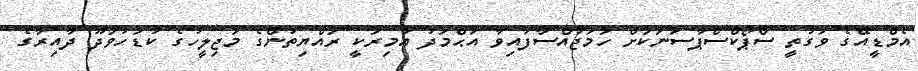
އެމްޑީއޭގެ ވަގުތީ ސްޕޯކްސްޕާސަނަކަށް ހަމަޖައްސާފައިވާ އަޙްމަދު އާމިރަކީ ރައްޔިތުންގެ މަޖިލީހުގެ ކުޑަހުވަދޫ ދާއިރާގެ